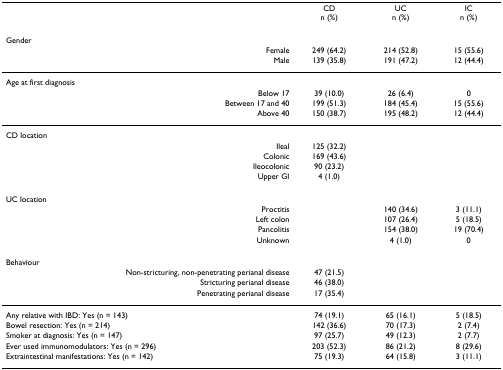
<table><thead><tr><td></td><td><b>CDn (%)</b></td><td><b>UCn (%)</b></td><td><b>ICn (%)</b></td></tr></thead><tbody><tr><td>Gender</td><td></td><td></td><td></td></tr><tr><td>Female</td><td>249 (64.2)</td><td>214 (52.8)</td><td>15 (55.6)</td></tr><tr><td>Male</td><td>139 (35.8)</td><td>191 (47.2)</td><td>12 (44.4)</td></tr><tr><td>Age at first diagnosis</td><td></td><td></td><td></td></tr><tr><td>Below 17</td><td>39 (10.0)</td><td>26 (6.4)</td><td>0</td></tr><tr><td>Between 17 and 40</td><td>199 (51.3)</td><td>184 (45.4)</td><td>15 (55.6)</td></tr><tr><td>Above 40</td><td>150 (38.7)</td><td>195 (48.2)</td><td>12 (44.4)</td></tr><tr><td>CD location</td><td></td><td></td><td></td></tr><tr><td>Ileal</td><td>125 (32.2)</td><td></td><td></td></tr><tr><td>Colonic</td><td>169 (43.6)</td><td></td><td></td></tr><tr><td>Ileocolonic</td><td>90 (23.2)</td><td></td><td></td></tr><tr><td>Upper GI</td><td>4 (1.0)</td><td></td><td></td></tr><tr><td>UC location</td><td></td><td></td><td></td></tr><tr><td>Proctitis</td><td></td><td>140 (34.6)</td><td>3 (11.1)</td></tr><tr><td>Left colon</td><td></td><td>107 (26.4)</td><td>5 (18.5)</td></tr><tr><td>Pancolitis</td><td></td><td>154 (38.0)</td><td>19 (70.4)</td></tr><tr><td>Unknown</td><td></td><td>4 (1.0)</td><td>0</td></tr><tr><td>Behaviour</td><td></td><td></td><td></td></tr><tr><td>Non-stricturing, non-penetrating perianal disease</td><td>47 (21.5)</td><td></td><td></td></tr><tr><td>Stricturing perianal disease</td><td>46 (38.0)</td><td></td><td></td></tr><tr><td>Penetrating perianal disease</td><td>17 (35.4)</td><td></td><td></td></tr><tr><td>Any relative with IBD: Yes (n = 143)</td><td>74 (19.1)</td><td>65 (16.1)</td><td>5 (18.5)</td></tr><tr><td>Bowel resection: Yes (n = 214)</td><td>142 (36.6)</td><td>70 (17.3)</td><td>2 (7.4)</td></tr><tr><td>Smoker at diagnosis: Yes (n = 147)</td><td>97 (25.7)</td><td>49 (12.3)</td><td>2 (7.7)</td></tr><tr><td>Ever used immunomodulators: Yes (n = 296)</td><td>203 (52.3)</td><td>86 (21.2)</td><td>8 (29.6)</td></tr><tr><td>Extraintestinal manifestations: Yes (n = 142)</td><td>75 (19.3)</td><td>64 (15.8)</td><td>3 (11.1)</td></tr></tbody></table>